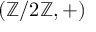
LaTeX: ( \mathbb { Z } / 2 \mathbb { Z } , + )